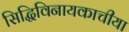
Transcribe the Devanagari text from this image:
सिद्धिविनायकाचीया